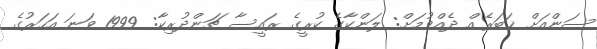
ސަންއަށް ޚަބަރެއް ދެއްވުމަށް: ލަންކާގެ ކުރީގެ ރައީސާ ޗަންދުރިކާ: 1999 ވަނަ އަހަރުގެ